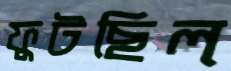
ফুটছিল